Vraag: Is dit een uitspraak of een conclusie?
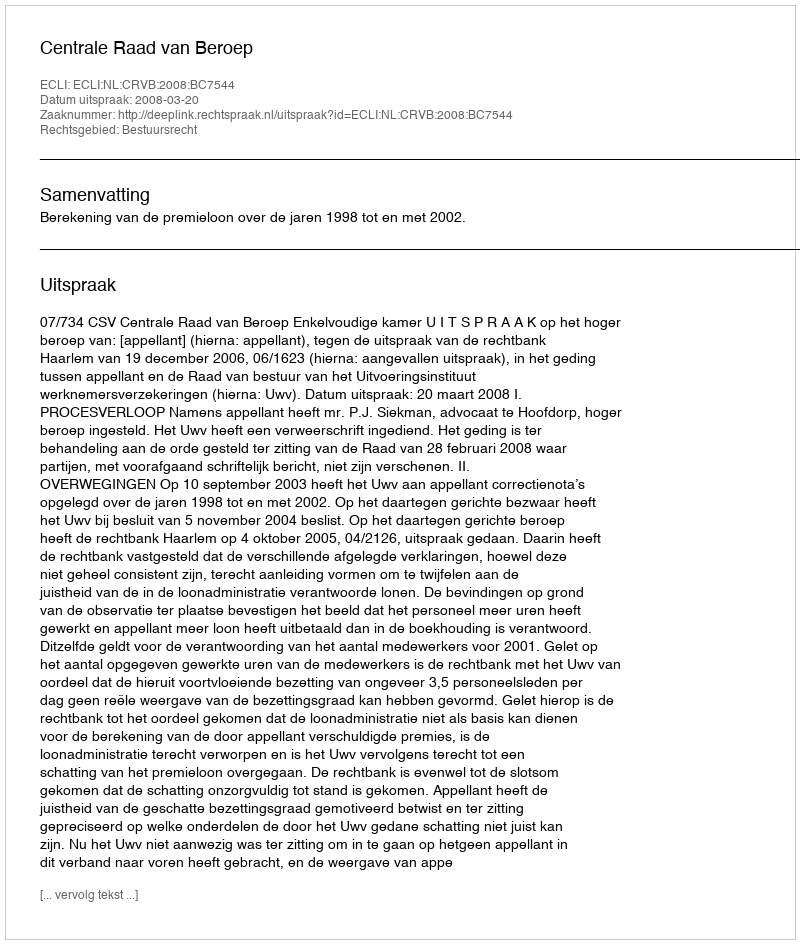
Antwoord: Uitspraak